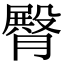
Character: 臀